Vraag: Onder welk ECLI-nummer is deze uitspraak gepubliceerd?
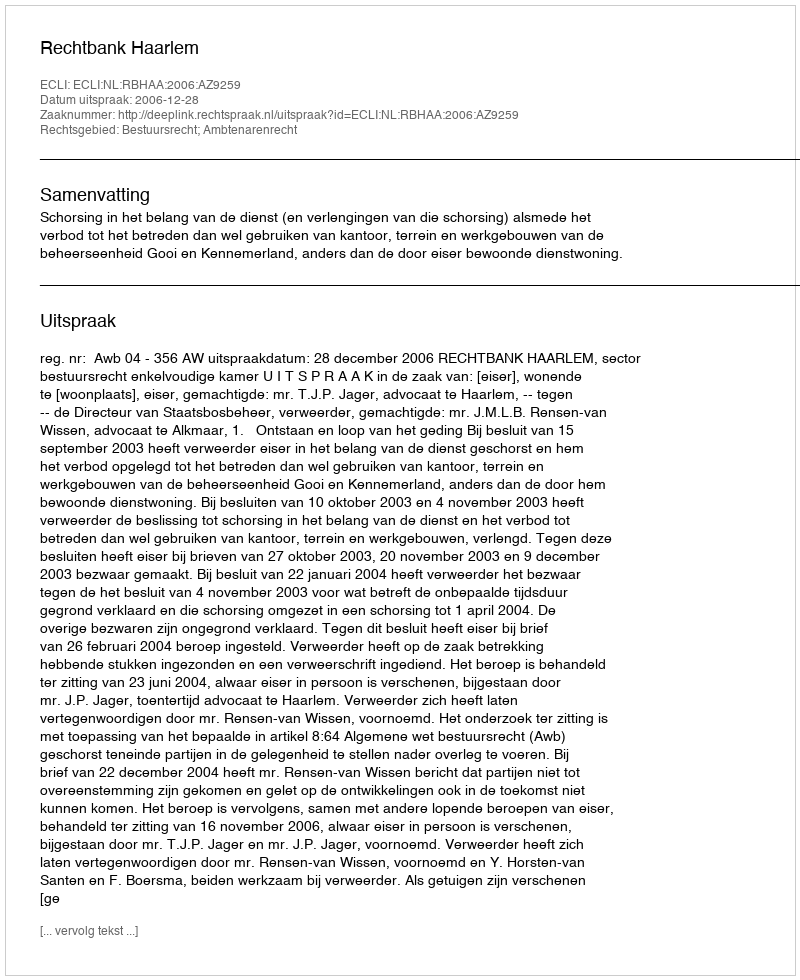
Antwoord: ECLI:NL:RBHAA:2006:AZ9259